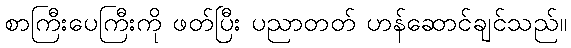
စာကြီးပေကြီးကို ဖတ်ပြီး ပညာတတ် ဟန်ဆောင်ချင်သည်။